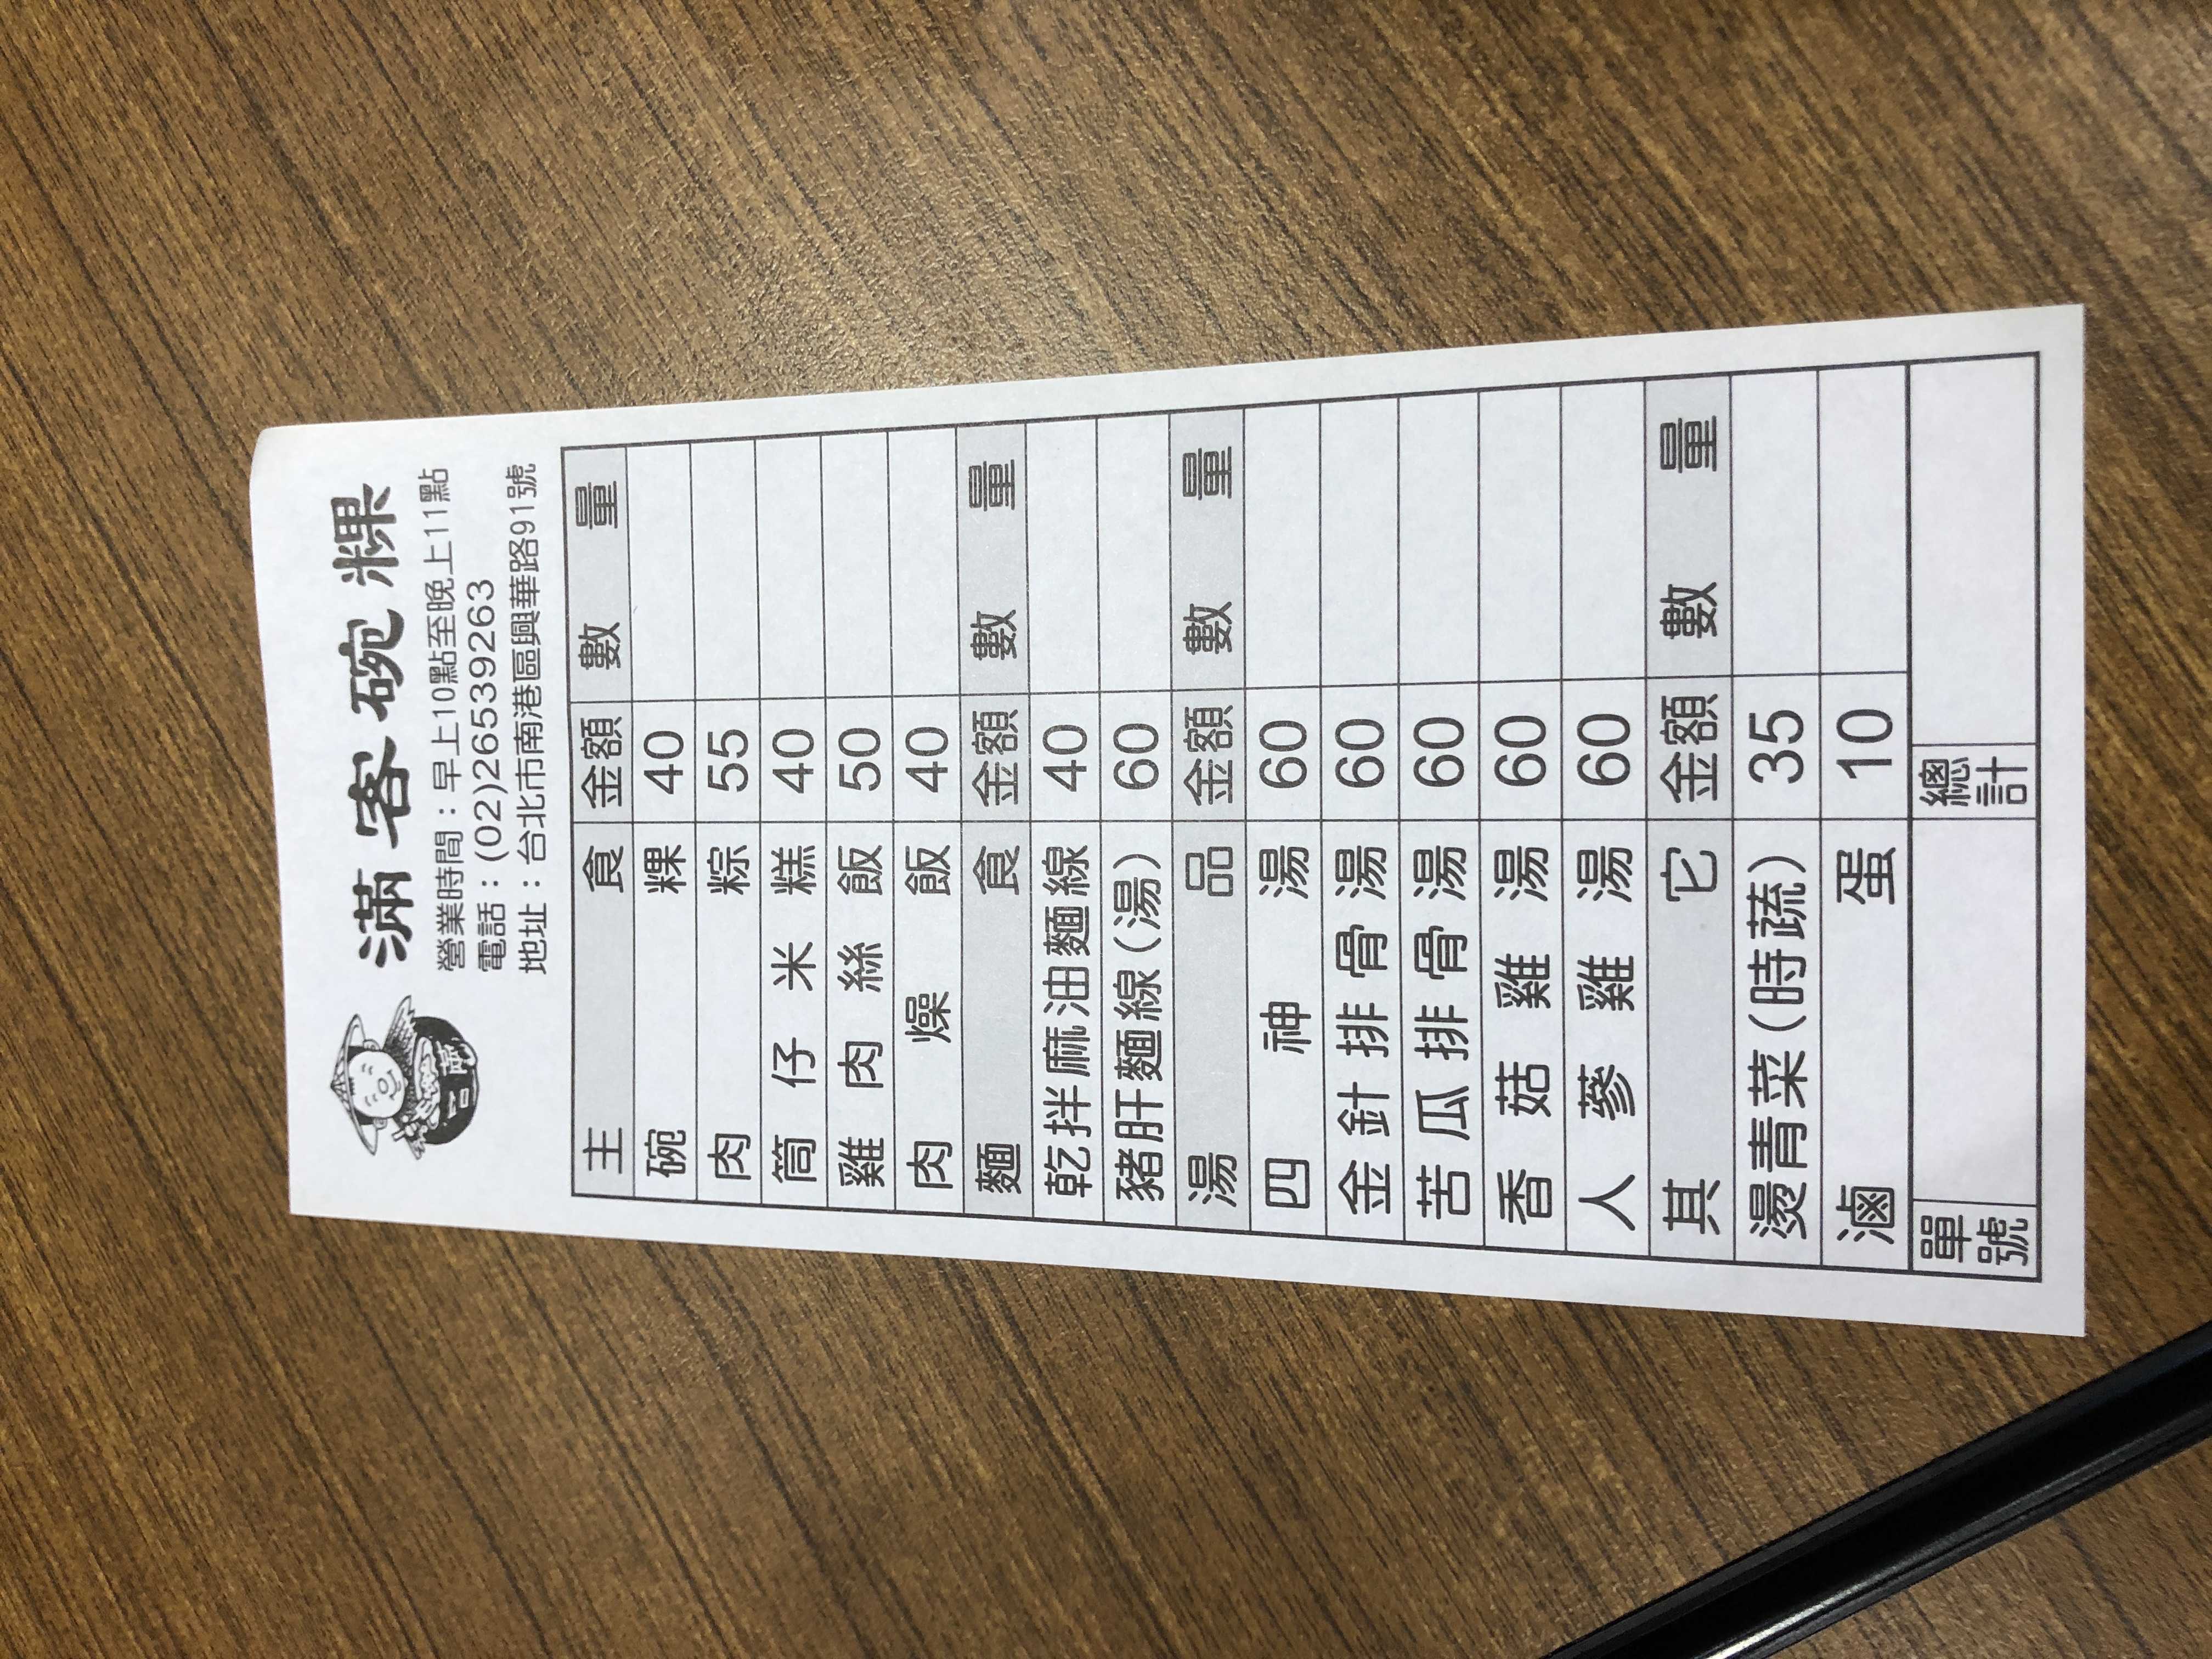
餐廳：滿客碗粿
地址：台北市南港區興華路91號
電話：(02)26539263
營業時間：早上10點至晚上11點
菜單：
name: 碗粿
price: 40
name: 肉粽
price: 55
name: 筒仔米糕
price: 40
name: 雞肉絲飯
price: 50
name: 肉燥飯
price: 40
name: 乾拌麻油麵線
price: 40
name: 豬肝麵線(湯)
price: 60
name: 四神湯
price: 60
name: 金針排骨湯
price: 60
name: 苦瓜排骨湯
price: 60
name: 香菇雞湯
price: 60
name: 人蔘雞湯
price: 60
name: 燙青菜(時蔬)
price: 35
name: 滷蛋
price: 10